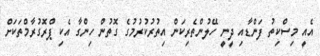
އެއީ މިސްކިތު ފަންޑާއި ދީނީ ހޭލުންތެރިކަން އިތުރުކުރުމުގެ ގޮތުން ހިންގާ އެކި ޕްރޮގުރާމްތަކަށް